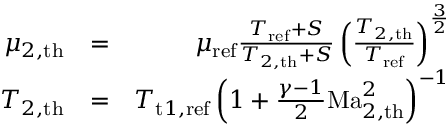
\begin{array} { r l r } { \mu _ { { 2 , \mathrm { t h } } } } & { = } & { \mu _ { \mathrm { r e f } } \frac { T _ { \mathrm { r e f } } + S } { T _ { 2 , \mathrm { t h } } + S } \left( \frac { T _ { 2 , \mathrm { t h } } } { T _ { \mathrm { r e f } } } \right) ^ { \frac 3 2 } } \\ { T _ { { 2 , \mathrm { t h } } } } & { = } & { T _ { \mathrm { t } 1 , \mathrm { r e f } } \left( 1 + \frac { \gamma - 1 } { 2 } \mathrm { M a } _ { 2 , \mathrm { t h } } ^ { 2 } \right) ^ { - 1 } } \end{array}